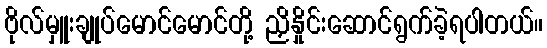
ဗိုလ်မှူးချုပ်မောင်မောင်တို့ ညှိနှိုင်းဆောင်ရွက်ခဲ့ရပါတယ်။